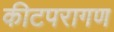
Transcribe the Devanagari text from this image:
कीटपरागण